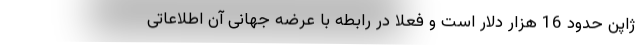
ژاپن حدود 16 هزار دلار است و فعلا در رابطه با عرضه جهانی آن اطلاعاتی